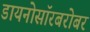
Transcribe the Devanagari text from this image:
डायनोसॉरबरोबर